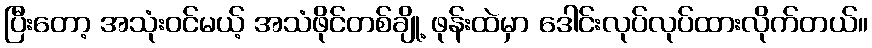
ပြီးတော့ အသုံးဝင်မယ့် အသံဖိုင်တစ်ချို့ ဖုန်းထဲမှာ ဒေါင်းလုပ်လုပ်ထားလိုက်တယ်။